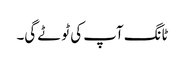
ٹانگ آپ کی ٹوٹے گی۔